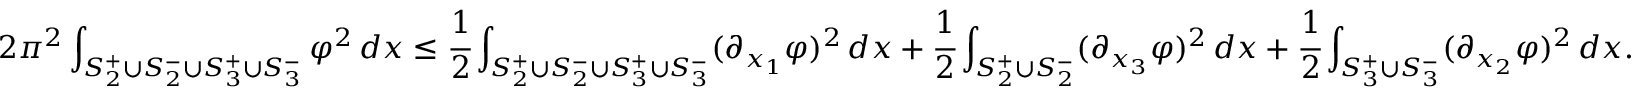
2 \pi ^ { 2 } \int _ { S _ { 2 } ^ { + } \cup S _ { 2 } ^ { - } \cup S _ { 3 } ^ { + } \cup S _ { 3 } ^ { - } } \varphi ^ { 2 } \, d x \le \cfrac { 1 } { 2 } \int _ { S _ { 2 } ^ { + } \cup S _ { 2 } ^ { - } \cup S _ { 3 } ^ { + } \cup S _ { 3 } ^ { - } } ( \partial _ { x _ { 1 } } \varphi ) ^ { 2 } \, d x + \cfrac { 1 } { 2 } \int _ { S _ { 2 } ^ { + } \cup S _ { 2 } ^ { - } } ( \partial _ { x _ { 3 } } \varphi ) ^ { 2 } \, d x + \cfrac { 1 } { 2 } \int _ { S _ { 3 } ^ { + } \cup S _ { 3 } ^ { - } } ( \partial _ { x _ { 2 } } \varphi ) ^ { 2 } \, d x .